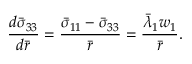
\frac { d \bar { \sigma } _ { 3 3 } } { d \bar { r } } = \frac { \bar { \sigma } _ { 1 1 } - \bar { \sigma } _ { 3 3 } } { \bar { r } } = \frac { \bar { \lambda } _ { 1 } w _ { 1 } } { \bar { r } } .